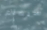
سيهتم